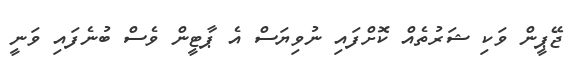
ޖޭޕީން ވަކި ޝަރުތެއް ކޮށްފައި ނުވިޔަސް އެ ޕާޓީން ވެސް ބުނެފައި ވަނީ